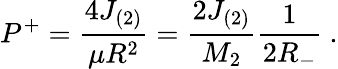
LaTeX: P^{+}=\frac{4J_{(2)}}{\mu R^{2}}=\frac{2J_{(2)}}{M_{2}}\frac{1}{2R_{-}}~.